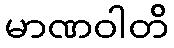
မာဏဝါတိ